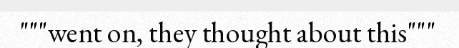
"""went on, they thought about this"""